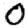
Digit: 0